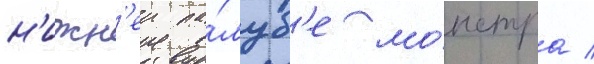
н'ижн'еи па́луб'е мо́нстра /